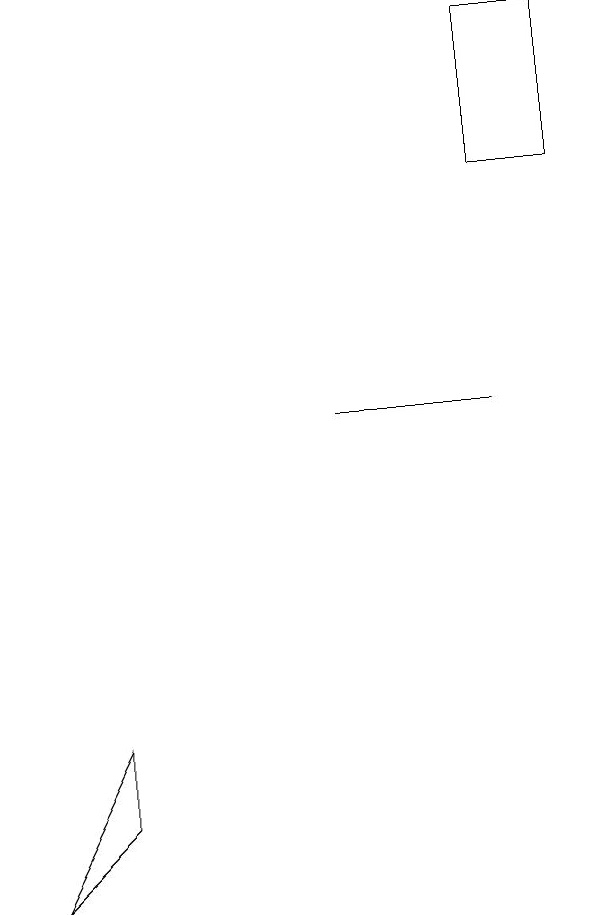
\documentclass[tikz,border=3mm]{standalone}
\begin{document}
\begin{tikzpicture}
\draw (5,11) rectangle (7,11);
\draw (1,5) -- (2,7) -- (2,6) -- cycle;
\draw (8,14) rectangle (7,16);
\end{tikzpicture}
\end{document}